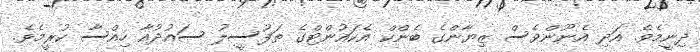
ދިނީމެވެ. އަދި އެނޫންވެސް ޒިޔާންގެ ބެންކް އެކައުންޓްގެ ތަފުސީލު ސައުދުއާ ހިއްސާ ކުރީމެވެ.